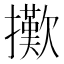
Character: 擹